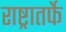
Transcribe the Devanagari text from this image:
राष्ट्रातर्फे